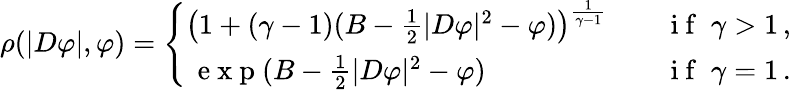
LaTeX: \begin{array}{r}{\rho(|D\varphi|,\varphi)=\left\{ \begin{array}{ll}{\big(1+(\gamma-1)(B-\frac 12|D\varphi|^{2}-\varphi)\big)^{\frac{1}{\gamma-1}}}&{\quad\mathrm{~i~f~}\; \gamma>1\, ,}\\ {\, \mathrm{~e~x~p~}(B-\frac 12|D\varphi|^{2}-\varphi)}&{\quad\mathrm{~i~f~}\; \gamma=1\, .}\end{array}\right.}\end{array}